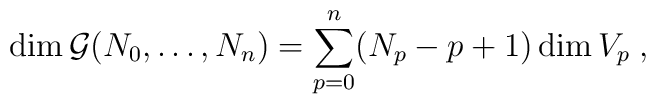
\textrm{dim} \, \mathcal{G}(N_0, \ldots, N_n) = \sum_{p=0}^{n}(N_p -p+1) \, \textrm{dim} \, V_p \;,